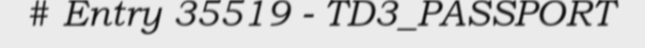
# Entry 35519 - TD3_PASSPORT